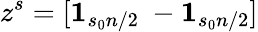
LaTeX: z^{s}=[\mathbf{1}_{s_{0}n/2}~-\mathbf{1}_{s_{0}n/2}]